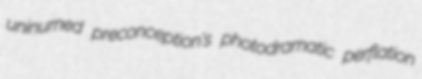
uninurned preconception's photodramatic perflation